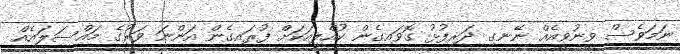
ނަމަވެސް ވީނުވީއެއް ނޭނގި ދަރިފުޅު ގޮވައިގެން ކުއްލިއަކަށް ފުރައިގެން އަންނަ ވަރުގެ މައްސަލައެއް